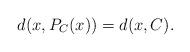
LaTeX: \begin{align*} d(x,P_C(x))=d(x,C). \end{align*}